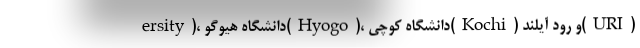
ersity)، دانشگاه هیوگو(Hyogo)، دانشگاه کوچی(Kochi) و رود آیلند(URI)